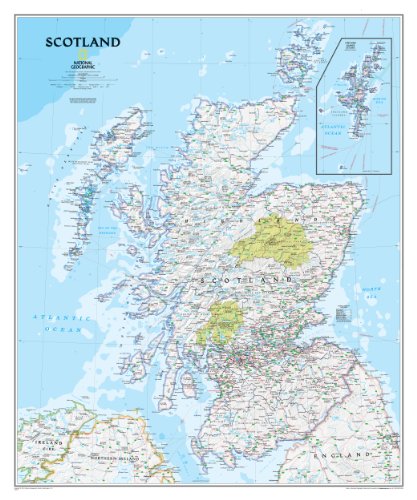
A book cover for Scotland Classic [Tubed] (National Geographic Reference Map); National Geographic Maps - Reference; Travel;